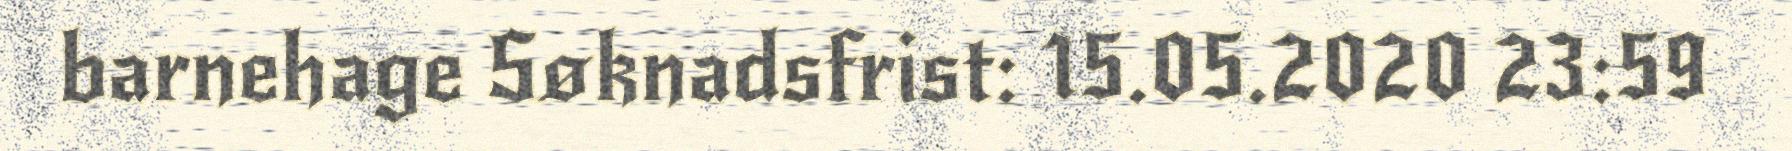
barnehage Søknadsfrist: 15.05.2020 23:59